General report no. 6 on the lunatic asylums, vaccination and dispensaries in the Bengal Presidency, 1873 -
Year: 1873
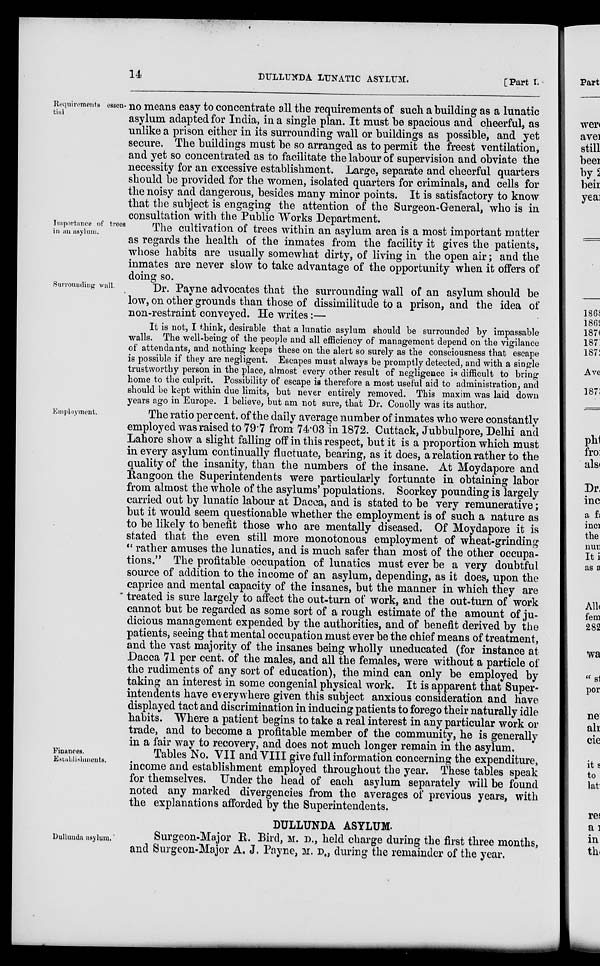
14
DULLUNDA LUNATIC ASYLUM.
[Part I.
Requirements essen-
tial
no means easy to concentrate all the requirements of such a building as a lunatic
asylum adapted for India, in a single plan. It must be spacious and cheerful, as
unlike a prison either in its surrounding wall or buildings as possible, and yet
secure. The buildings must be so arranged as to permit the freest ventilation,
and yet so concentrated as to facilitate the labour of supervision and obviate the
necessity for an excessive establishment. Large, separate and cheerful quarters
should be provided for the women, isolated quarters for criminals, and cells for
the noisy and dangerous, besides many minor points. It is satisfactory to know
that the subject is engaging the attention of the Surgeon-General, who is in
consultation with the Public Works Department.
Importance of trees
in an asylum.
The cultivation of trees within an asylum area is a most important matter
as regards the health of the inmates from the facility it gives the patients,
whose habits are usually somewhat dirty, of living in the open air; and the
inmates are never slow to take advantage of the opportunity when it offers of
doing so.
Surronuding wall.
Dr. Payne advocates that the surrounding wall of an asylum should be
low, on other grounds than those of dissimilitude to a prison, and the idea of
non-restraint conveyed. He writes:—
It is not, I think, desirable that a lunatic asylum should be surrounded by impassable
walls. The well-being of the people and all efficiency of management depend on the vigilance
of attendants, and nothing keeps these on the alert so surely as the consciousness that escape
is possible if they are negligent. Escapes must always be promptly detected, and with a single
trustworthy person in the place, almost every other result of negligence is difficult to bring
home to the culprit. Possibility of escape is therefore a most useful aid to administration, and
should be kept within due limits, but never entirely removed. This maxim was laid down
years ago in Europe. I believe, but am not sure, that Dr. Conolly was its author.
Employment.
The ratio percent. of the daily average number of inmates who were constantly
employed was raised to 79.7 from 74.03 in 1872. Cuttack, Jubbulpore, Delhi and
Lahore show a slight falling off in this respect, but it is a proportion which must
in every asylum continually fluctuate, bearing, as it does, a relation rather to the
quality of the insanity, than the numbers of the insane. At Moydapore and
Rangoon the Superintendents were particularly fortunate in obtaining labor
from almost the whole of the asylums' populations. Soorkey pounding is largely
carried out by lunatic labour at Dacca, and is stated to be very remunerative;
but it would seem questionable whether the employment is of such a nature as
to be likely to benefit those who are mentally diseased. Of Moydapore it is
stated that the even still more monotonous employment of wheat-grinding
" rather amuses the lunatics, and is much safer than most of the other occupa-
tions." The profitable occupation of lunatics must ever be a very doubtful
source of addition to the income of an asylum, depending, as it does, upon the
caprice and mental capacity of the insanes, but the manner in which they are
treated is sure largely to affect the out-turn of work, and the out-turn of work
cannot but be regarded as some sort of a rough estimate of the amount of ju-
dicious management expended by the authorities, and of benefit derived by the
patients, seeing that mental occupation must ever be the chief means of treatment,
and the vast majority of the insanes being wholly uneducated (for instance at
Dacca 71 per cent. of the males, and all the females, were without a particle of
the rudiments of any sort of education), the mind can only be employed by
taking an interest in some congenial physical work. It is apparent that Super-
intendents have everywhere given this subject anxious consideration and have
displayed tact and discrimination in inducing patients to forego their naturally idle
habits. Where a patient begins to take a real interest in any particular work or
trade, and to become a profitable member of the community, he is generally
in a fair way to recovery, and does not much longer remain in the asylum.
Finances.
Establishments.
Tables No. VII and VIII give full information concerning the expenditure,
income and establishment employed throughout the year. These tables speak
for themselves. Under the head of each asylum separately will be found
noted any marked divergencies from the averages of previous years, with
the explanations afforded by the Superintendents.
DULLUNDA ASYLUM.
Dullunda asylum.
Surgeon-Major R. Bird, M. D., held charge during the first three months,
and Surgeon-Major A. J. Payne, M. D., during the remainder of the year.